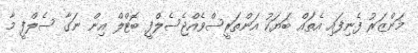
މަންޒަރު ފެނިފައި އެތައް ބަޔަކު އަންތަރީސްވެއްޖެސެލްފީ ބޮޓްލް އިން ނަގާ ސެލްފީ މާ